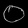
Digit: ၀